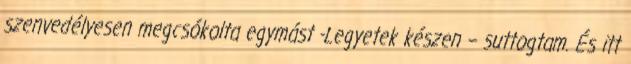
szenvedélyesen megcsókolta egymást -Legyetek készen – suttogtam. És itt